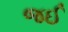
જઈ